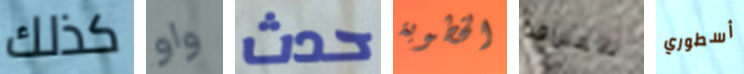
كذلك واو حدث الخطوبة للاعتراف أسطوري